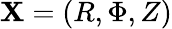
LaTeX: {\mathbf X}=(R,\Phi,Z)